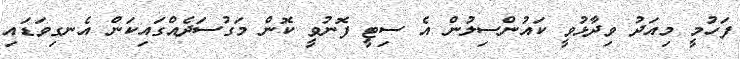
ފަހުމީ މިއަދު ވިދާޅުވީ ކައުންސިލުން އެ ސިޓީ ފޮނުވީ ކޮން މަގުސަދެއްގައިކަން އެނގިވަޑައި